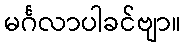
မင်္ဂလာပါခင်ဗျာ။